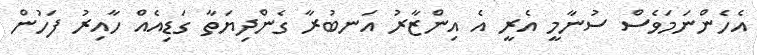
އެހެންނަމަވެސް ސުނާމީ އެރީ އެ އިންޒާރު އަނބުރާ ގެންދިޔަތާ ގަޑިއެއް ހާއިރު ފަހުން